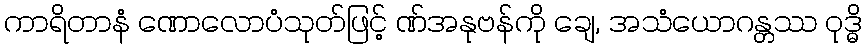
ကာရိတာနံ ဏောလောပံသုတ်ဖြင့် ဏ်အနုဗန်ကို ချေ, အသံယောဂန္တဿ ဝုဒ္ဓိ